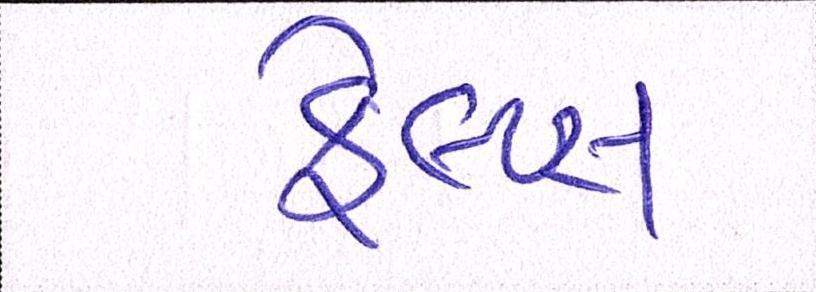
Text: ફેલ્પ્સ